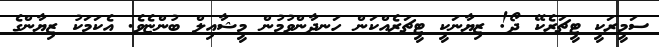
ސަމީރަކީ ޓީޗަރެކޭ ދޯ! ޒިޔާނަކީ ޓީޗަރެއްކަން ހަނދާންވުމުން މީޝާއިލް ބުންޏެވެ. އެކަމަކު ޒިޔާންގެ